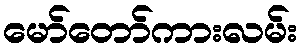
မော်တော်ကားလမ်း